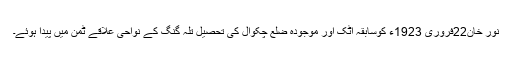
نور خان22فروری 1923ء کوسابقہ اٹک اور موجودہ ضلع چکوال کی تحصیل تلہ گنگ کے نواحی علاقے ٹمن میں پیدا ہوئے۔